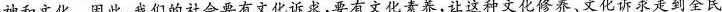
神和文化。因此，我们的社会要有文化诉求，要有文化素养，让这种文化修养、文化诉求走到全民